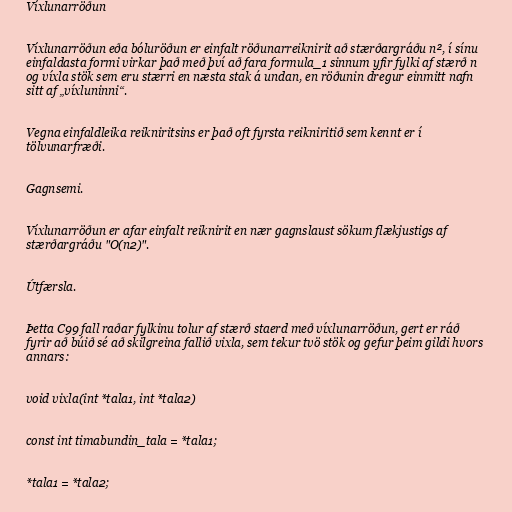
Víxlunarröðun

Víxlunarröðun eða bóluröðun er einfalt röðunarreiknirit að stærðargráðu n², í sínu
einfaldasta formi virkar það með því að fara formula_1 sinnum yfir fylki af stærð n
og víxla stök sem eru stærri en næsta stak á undan, en röðunin dregur einmitt nafn
sitt af „víxluninni“.

Vegna einfaldleika reikniritsins er það oft fyrsta reikniritið sem kennt er í
tölvunarfræði.

Gagnsemi.

Víxlunarröðun er afar einfalt reiknirit en nær gagnslaust sökum flækjustigs af
stærðargráðu "O(n2)".

Útfærsla.

Þetta C99 fall raðar fylkinu tolur af stærð staerd með víxlunarröðun, gert er ráð
fyrir að búið sé að skilgreina fallið vixla, sem tekur tvö stök og gefur þeim gildi hvors
annars:

void vixla(int *tala1, int *tala2)

const int timabundin_tala = *tala1;

*tala1 = *tala2;